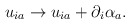
\begin{align*}u_{ia} \rightarrow u_{ia}+\partial_i \alpha_a . \end{align*}